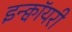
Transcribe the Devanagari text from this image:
इन्क्वॉयरी